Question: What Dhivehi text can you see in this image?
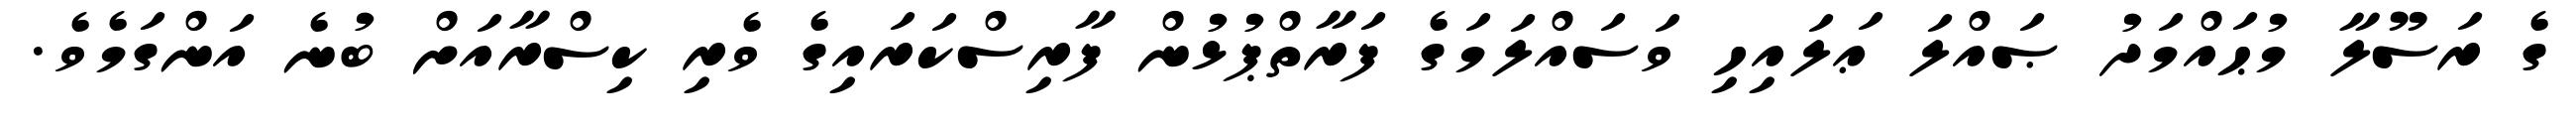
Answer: ގެ ރަސޫލާ މުޙައްމަދު ޞައްލަ ޢަލައިހި ވަސައްލަމަގެ ފަރާތްޕުޅުން ފާރިސްކަރައިގެ ވެރި ކިސްރާއަށް ބުނެ އަންގަމެވެ.